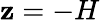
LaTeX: \mathbf{z}=-H